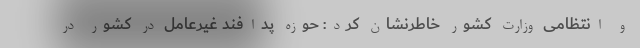
و انتظامی وزارت کشور خاطرنشان کرد: حوزه پدافند غیرعامل در کشور در